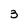
Character: 3